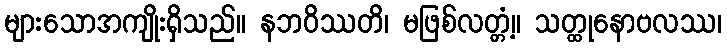
များသောအကျိုးရှိသည်။ နဘဝိဿတိ၊ မဖြစ်လတ္တံ့။ သတ္ထုနောဗလဿ၊